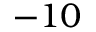
- 1 0